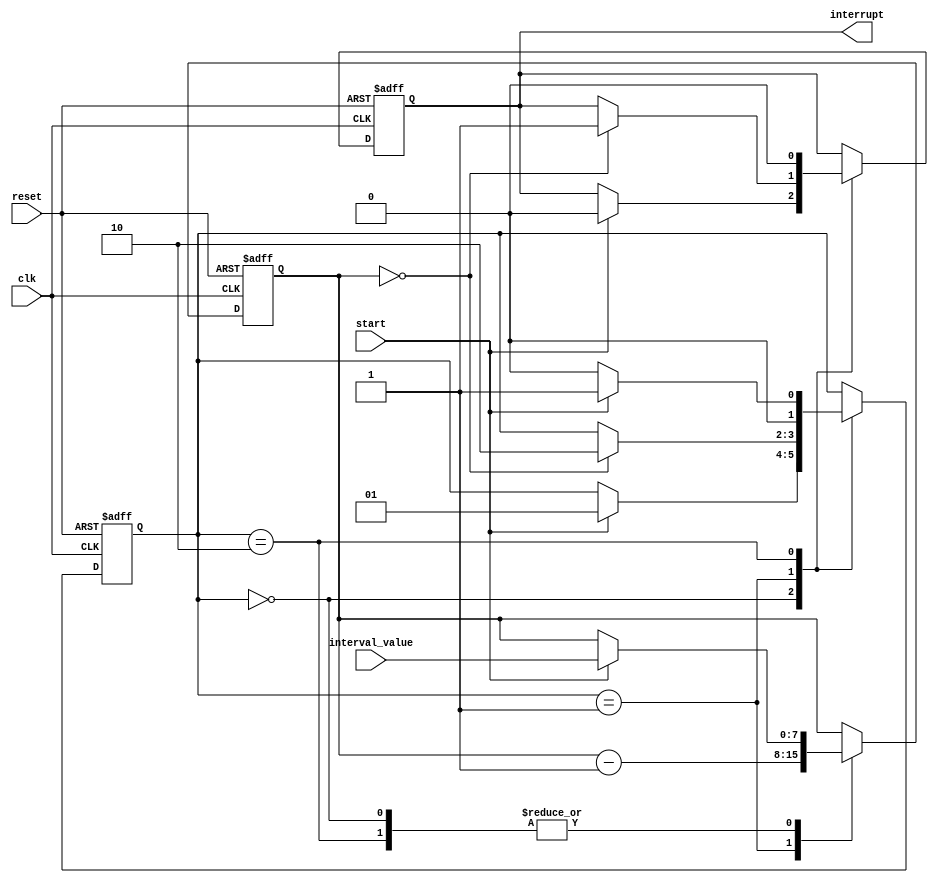
module IntervalTimer (
    input wire clk,
    input wire reset,
    input wire start,
    input wire [7:0] interval_value,
    output reg interrupt
);

reg [7:0] count;
reg [1:0] state;

parameter IDLE  = 2'b00;
parameter COUNTING = 2'b01;
parameter INTERRUPT = 2'b10;

always @(posedge clk or posedge reset)
begin
    if (reset)
    begin
        count <= 8'd0;
        interrupt <= 1'b0;
        state <= IDLE;
    end
    else
    begin
        case(state)
            IDLE: begin
                if(start)
                begin
                    count <= interval_value;
                    interrupt <= 1'b0;
                    state <= COUNTING;
                end
            end

            COUNTING: begin
                count <= count - 1;
                if(count == 8'd0)
                begin
                    interrupt <= 1'b1;
                    state <= INTERRUPT;
                end
            end

            INTERRUPT: begin
                if(start)
                begin
                    count <= interval_value;
                    interrupt <= 1'b0;
                    state <= COUNTING;
                end
                else
                begin
                    interrupt <= 1'b0;
                    state <= IDLE;
                end
            end
        endcase
    end
end

endmodule